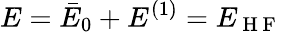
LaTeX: E=\bar{E}_{0}+E^{(1)}=E_{\mathrm{~H~F~}}